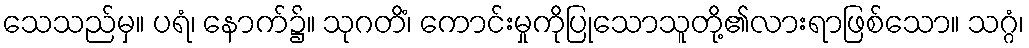
သေသည်မှ။ ပရံ၊ နောက်၌။ သုဂတိံ၊ ကောင်းမှုကိုပြုသောသူတို့၏လားရာဖြစ်သော။ သဂ္ဂံ၊